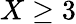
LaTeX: X\geq 3